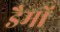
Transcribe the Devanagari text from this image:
डैमों